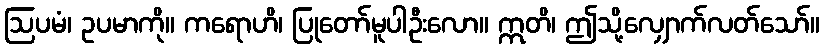
ဩပမံ၊ ဥပမာကို။ ကရောဟိ၊ ပြုတော်မူပါဦးလော။ ဣတိ၊ ဤသို့လျှောက်လတ်သော်။